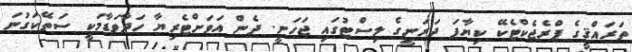
ތަރައްޤީގެ ޕްރެޖެކްޓެކޭ ކިޔާފަ ދަރަނީގެ ލިސްޓުގައި ޖަހަނީ. ދެން އަވަށްޓެރިޔާ ހަދާވަޑާމަކީ ސަތޭކަގުނަ